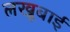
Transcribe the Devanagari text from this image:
लखूबाई